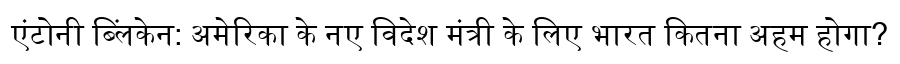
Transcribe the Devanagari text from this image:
एंटोनी ब्लिंकेन: अमेरिका के नए विदेश मंत्री के लिए भारत कितना अहम होगा?